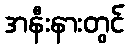
အနီးနားတွင်